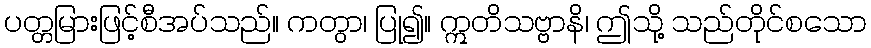
ပတ္တမြားဖြင့်စီအပ်သည်။ ကတွာ၊ ပြု၍။ ဣတိသဗ္ဗာနိ၊ ဤသို့ သည်တိုင်စသော